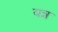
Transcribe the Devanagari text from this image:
यन्न